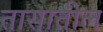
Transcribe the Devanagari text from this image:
तासातील